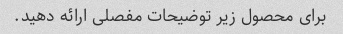
برای محصول زیر توضیحات مفصلی ارائه دهید.